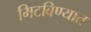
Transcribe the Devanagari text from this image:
मिटविण्यात